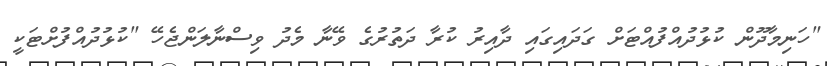
"ހަނިމާދޫން ކުޅުދުއްފުއްޓަށް ގަދައިގައި ދާއިރު ކުރާ ދަތުރުގެ ވޭނާ މެދު ވިސްނާލަންޖެހޭ "ކުޅުދުއްފުށްޓަކީ